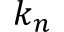
k _ { n }